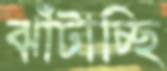
ঝাঁটাচ্ছি